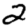
Digit: 2